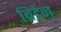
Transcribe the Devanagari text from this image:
ब्रिटेन्